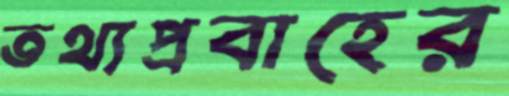
তথ্যপ্রবাহের